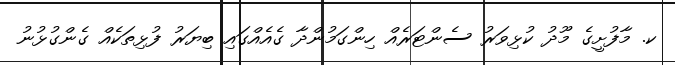
ކ. މާފުށީގެ މޫދު ކުޅިވަރު ސެންޓަރެއް ހިންގަމުންދާ ގެއެއްގައި ބިޔަރު ފުޅިތަކެއް ގެންގުޅުނު